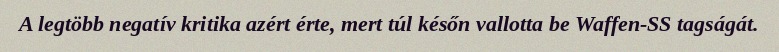
A legtöbb negatív kritika azért érte, mert túl későn vallotta be Waffen-SS tagságát.